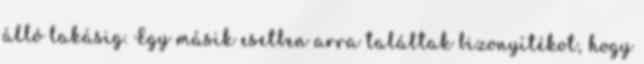
álló lakásig. Egy másik esetben arra találtak bizonyítékot, hogy